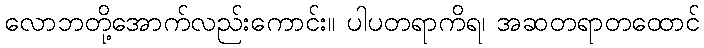
လောဘတို့အောက်လည်းကောင်း။ ပါပတရာကိရ၊ အဆတရာတထောင်